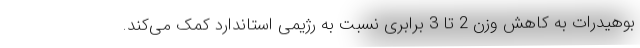
بوهیدرات به کاهش وزن 2 تا 3 برابری نسبت به رژیمی استاندارد کمک می‌کند.